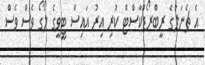
އެ ޗެނަލުގެ ރީބްރޯޑްކާސްޓް ކުރި އިރު އައިސް ޓީވީގެ ލޯގޯ ވެސް ވެސް